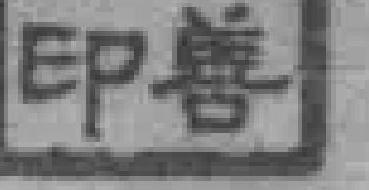
印善